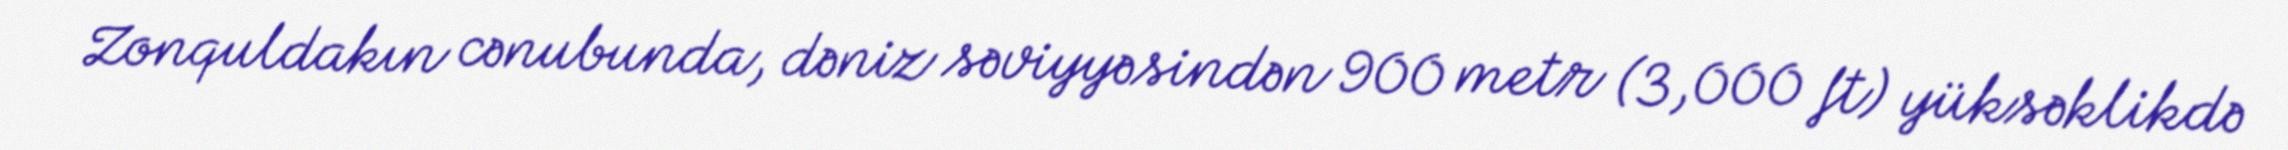
Zonquldakın cənubunda, dəniz səviyyəsindən 900 metr (3,000 ft) yüksəklikdə